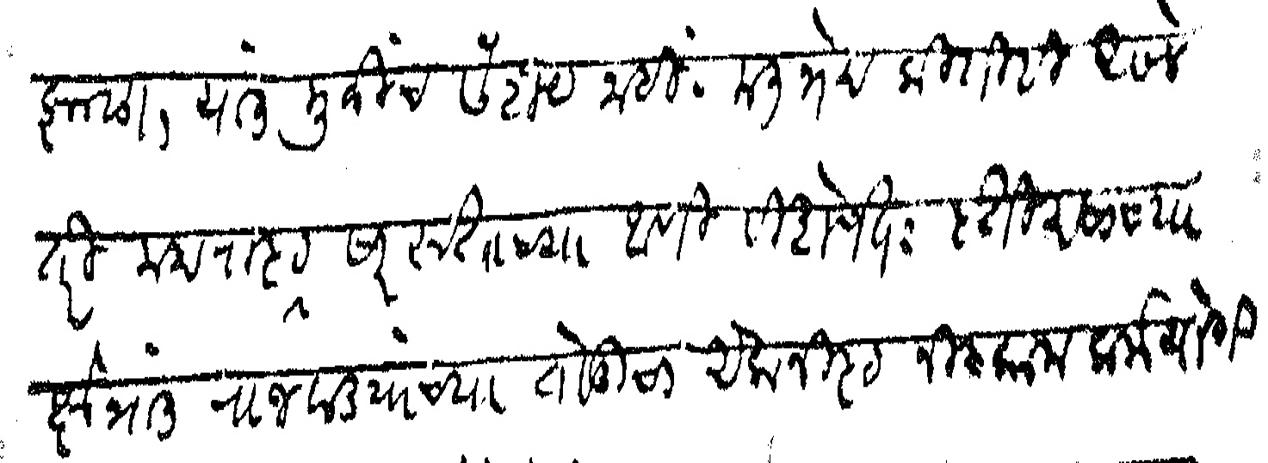
Transliteration (Devanagari): झाला यात मुळीच संशय नाही मतभेद कितीही असले तरी महाराष्ट्र सारस्वताच्या आणि विशेषत इतिहासाच्या क्षेत्रात राजवाड्यांच्या तोडीचा एकनिष्ठ निष्काम कर्मयोगी